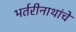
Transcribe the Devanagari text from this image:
भर्तरीनाथांचे